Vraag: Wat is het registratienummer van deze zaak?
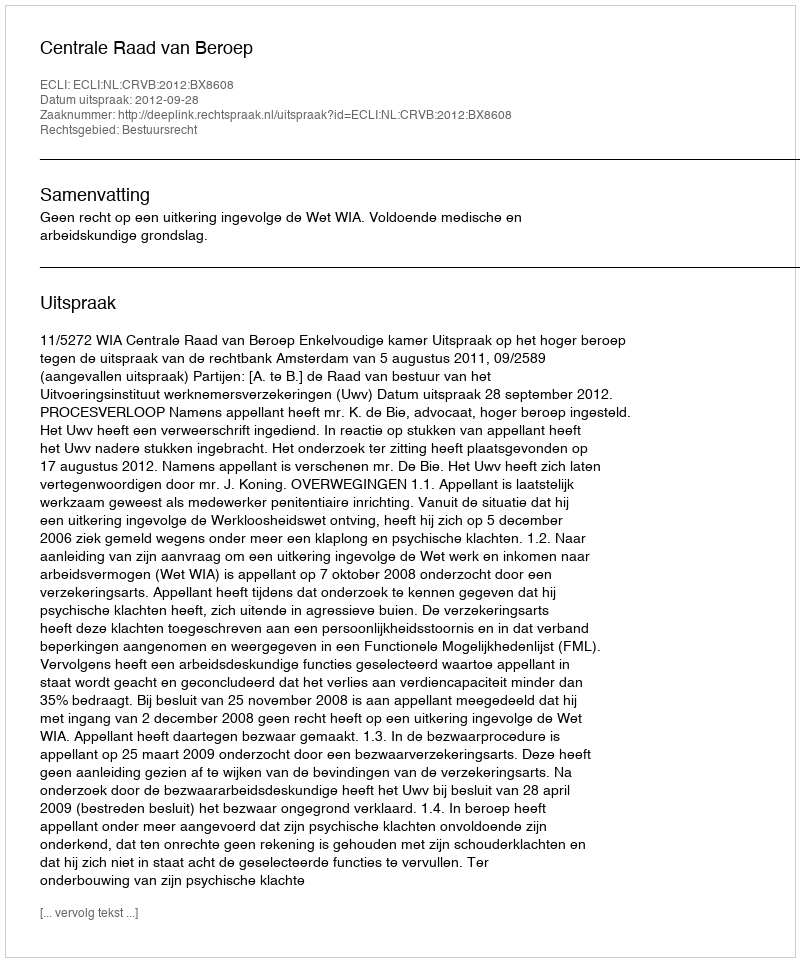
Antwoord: http://deeplink.rechtspraak.nl/uitspraak?id=ECLI:NL:CRVB:2012:BX8608